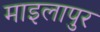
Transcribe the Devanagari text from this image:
माइलापुर